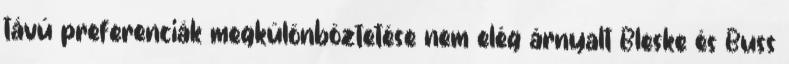
távú preferenciák megkülönböztetése nem elég árnyalt Bleske és Buss